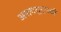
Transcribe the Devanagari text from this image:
असययुग्मकी